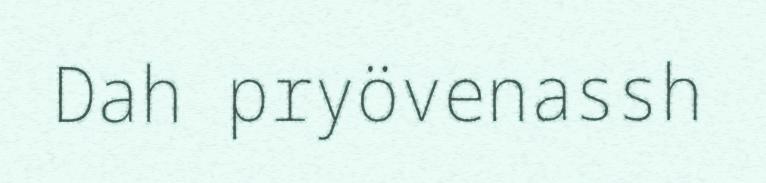
Dah pryövenassh